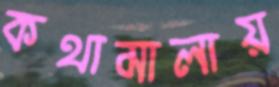
কথামালায়